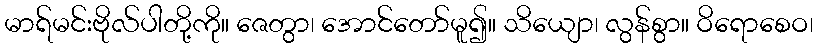
မာရ်မင်းဗိုလ်ပါတို့ကို။ ဇေတွာ၊ အောင်တော်မူ၍။ သိယျော၊ လွန်စွာ။ ဝိရောစေဝ၊